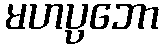
မဟပ္ပဘော